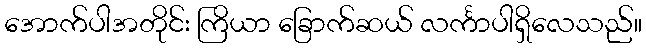
အောက်ပါအတိုင်း ကြိယာ ခြောက်ဆယ် လင်္ကာပါရှိလေသည်။